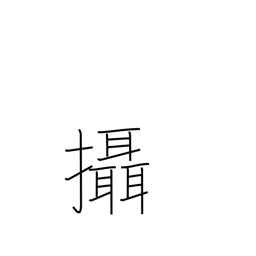
Meaning: act in addition to